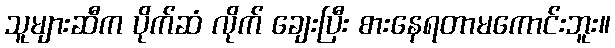
သူများဆီက ပိုက်ဆံ လိုက် ချေးပြီး စားနေရတာမကောင်းဘူး။